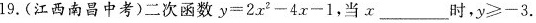
19.(江西南昌中考)二次函数y=2x2-4.x-1，当______时，y≥-3.